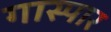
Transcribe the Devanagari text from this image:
गास्पार